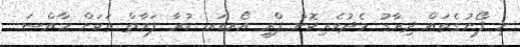
މި ފޯނުގެތައް ދިރާގު މެދުވެރިކޮށް ޕްރީ އޯރޑަރ ކުރާ ފަރާތް ތަކަށް ހާއްސަ